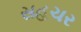
સહચર